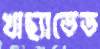
খাছ্যাডেড